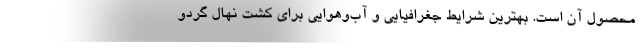
محصول آن است. بهترین شرایط جغرافیایی و آب‌و‌هوایی برای کشت نهال گردو